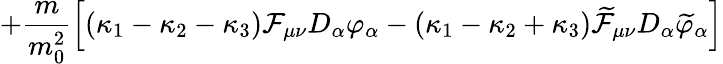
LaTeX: +\frac{m}{m_{0}^{2}}\left[\left(\kappa_{1}-\kappa_{2}-\kappa_{3}\right){\cal F}_{\mu\nu}D_{\alpha}\varphi_{\alpha}-\left(\kappa_{1}-\kappa_{2}+\kappa_{3}\right)\widetilde{{\cal F}}_{\mu\nu}D_{\alpha}\widetilde{\varphi}_{\alpha}\right]